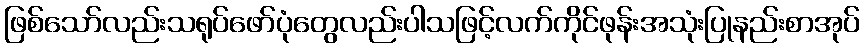
ဖြစ်သော်လည်းသရုပ်ဖော်ပုံတွေလည်းပါသဖြင့်လက်ကိုင်ဖုန်းအသုံးပြုနည်းစာအုပ်